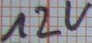
Text: 12V